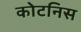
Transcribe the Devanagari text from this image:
कोटनिस